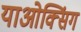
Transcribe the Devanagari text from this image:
याओक्सिंग